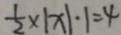
\frac { 1 } { 2 } \times \vert x \vert \cdot 1 = 4